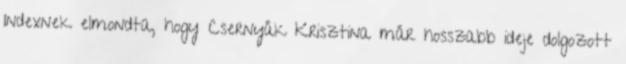
Indexnek elmondta, hogy Csernyák Krisztina már hosszabb ideje dolgozott